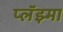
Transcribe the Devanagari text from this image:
प्लॅझ्मा